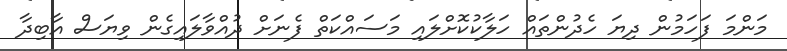
މަންމަ ފަހަމުން ދިޔަ ހެދުންތައް ހަލާކުކޮށްލައި މަސައްކަތް ފެނަށް ދުއްވާލައިގެން ވިޔަސް އާބިދާ